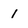
Character: 1